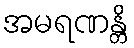
အမရဏန္တိ